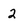
Character: 2